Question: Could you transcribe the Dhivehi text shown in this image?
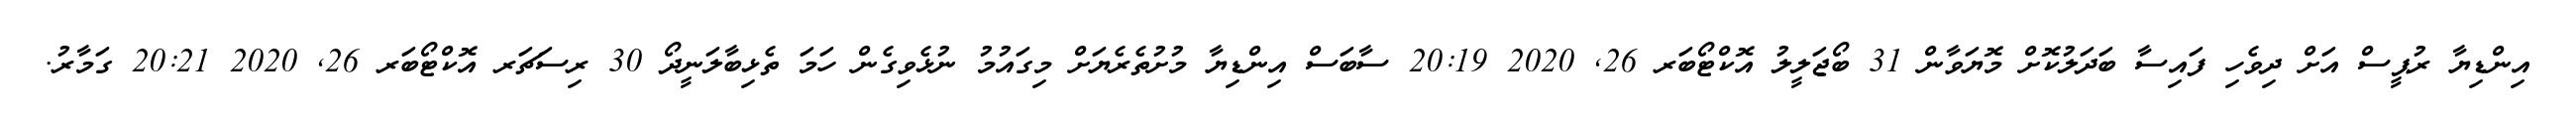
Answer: އިންޑިޔާ ރުޕީސް އަށް ދިވެހި ފައިސާ ބަދަލުކޮށް މޮޔަވާން 31 ބޯޖަލީލު އޮކްޓޯބަރ 26, 2020 20:19 ސާބަސް އިންޑިޔާ މުށުތެރެޔަށް މިގައުމު ނުޅެވިގެން ހަމަ ތެޅިބާލަނީދޯ 30 ރިސަޗަރ އޮކްޓޯބަރ 26, 2020 20:21 ގަމާރު.